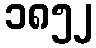
၁၈၅၂